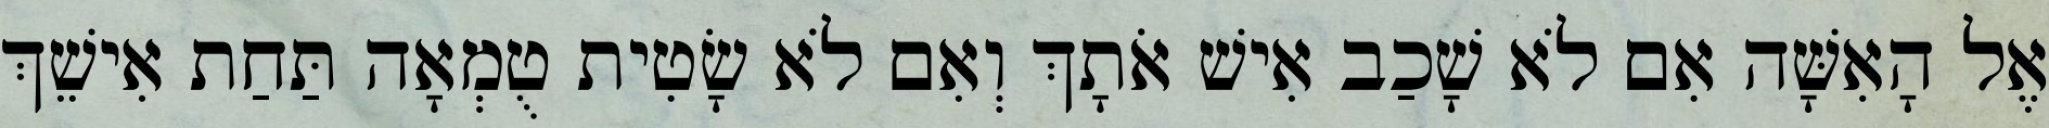
אֶל הָאִשָּׁה אִם לֹא שָׁכַב אִישׁ אֹתָךְ וְאִם לֹא שָׂטִית טֻמְאָה תַּחַת אִישֵׁךְ